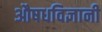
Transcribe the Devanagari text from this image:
औषधविज्ञानी